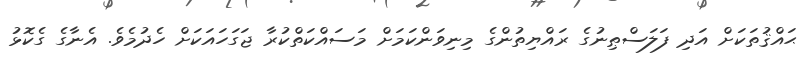
ޙައްޤުތަކަށް އަދި ފަލަސްޠިނުގެ ރައްޔިތުންގެ މިނިވަންކަމަށް މަސައްކަތްކުރާ ޖަގަހައަކަށް ހެދުމެވެ. އެނާގެ ގެކޮޅު